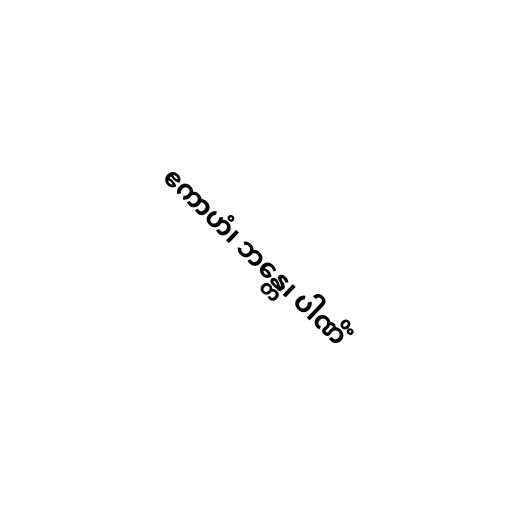
ဧကာဟံ၊ ဘန္တေ၊ ပါဏိံ